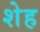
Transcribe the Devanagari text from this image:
शेह